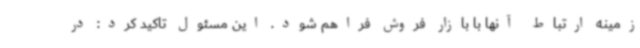
زمینه ارتباط آنها با بازار فروش فراهم شود. این مسئول تاکید کرد: در